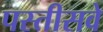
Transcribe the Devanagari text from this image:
पस्तीसवे